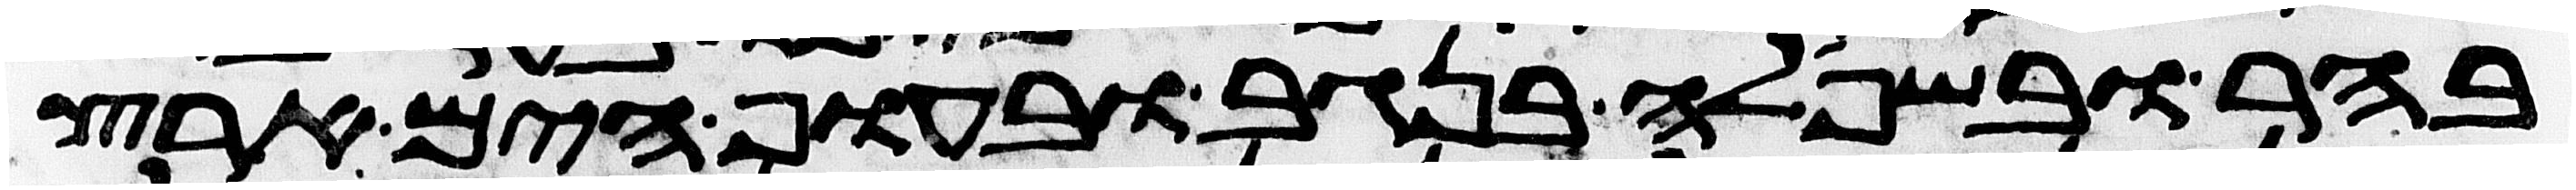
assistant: בהר ובשפלה בנגב ובחוף הים ארץ